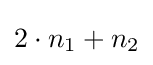
2\cdot n_{1}+n_{2}